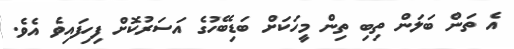
އެ ތަން ބަލަން ތިބި ތިން މީހަކަށް ބަޑިބޭހުގެ އަސަރުކޮށް ފިހިފައިވެ އެވެ.